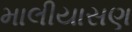
માલીયાસણ